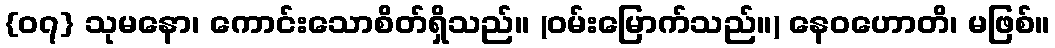
{၀၇} သုမနော၊ ကောင်းသောစိတ်ရှိသည်။ (ဝမ်းမြောက်သည်။) နေဝဟောတိ၊ မဖြစ်။